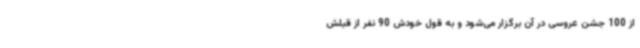
از 100 جشن عروسی در آن برگزار می‌شود و به قول خودش 90 نفر از قبلش